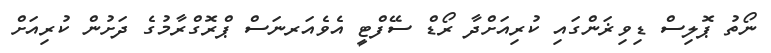
ނޯތު ޕޮލިސް ޑިވިޜަންގައި ކުރިއަށްދާ ރޯޑް ސޭފްޓީ އެވެއަރނަސް ޕްރޮގްރާމުގެ ދަށުން ކުރިއަށް